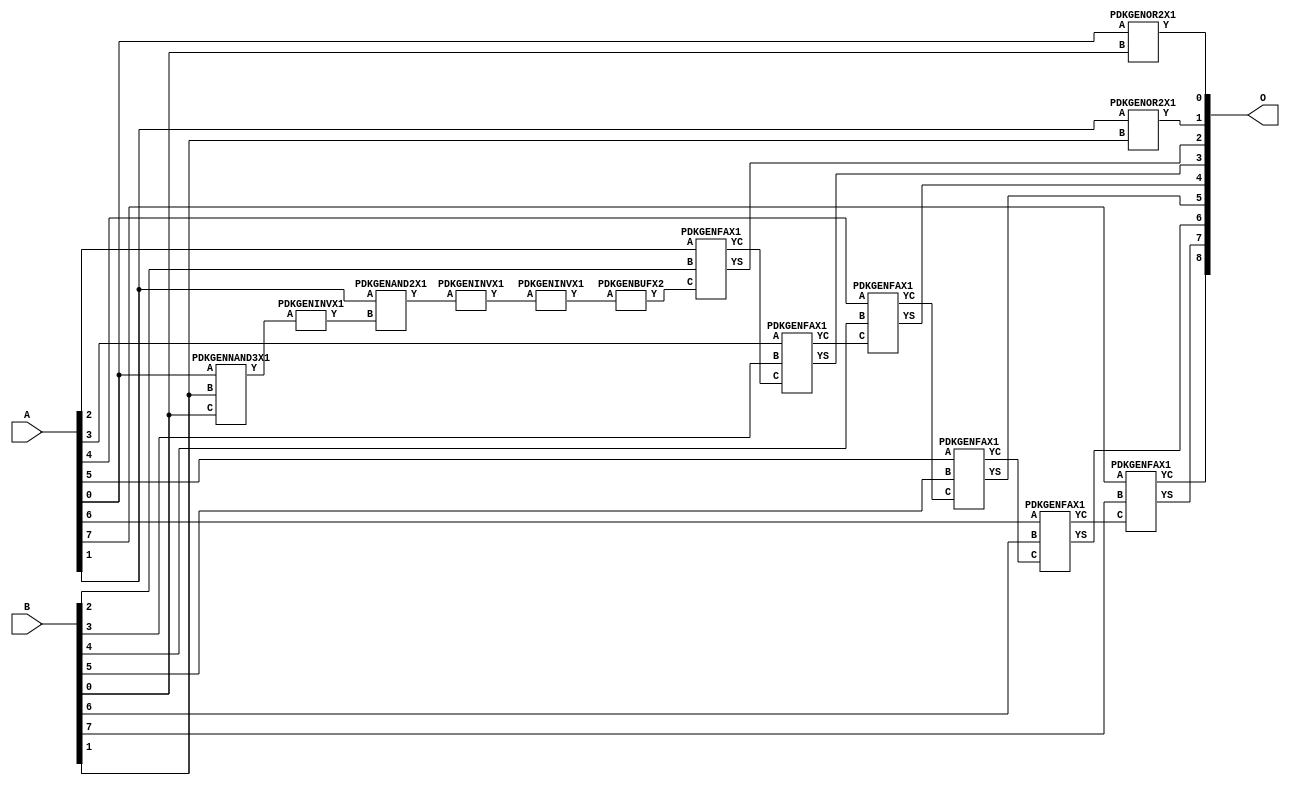
// Library = EvoApprox8b
// Circuit = add8_246
// Area   (180) = 924
// Delay  (180) = 1.700
// Power  (180) = 281.00
// Area   (45) = 69
// Delay  (45) = 0.640
// Power  (45) = 27.24
// Nodes = 14
// HD = 81600
// MAE = 0.62500
// MSE = 1.00000
// MRE = 0.34 %
// WCE = 2
// WCRE = 50 %
// EP = 43.8 %

module add8_246(A, B, O);
  input [7:0] A;
  input [7:0] B;
  output [8:0] O;
  wire [2031:0] N;

  assign N[0] = A[0];
  assign N[1] = A[0];
  assign N[2] = A[1];
  assign N[3] = A[1];
  assign N[4] = A[2];
  assign N[5] = A[2];
  assign N[6] = A[3];
  assign N[7] = A[3];
  assign N[8] = A[4];
  assign N[9] = A[4];
  assign N[10] = A[5];
  assign N[11] = A[5];
  assign N[12] = A[6];
  assign N[13] = A[6];
  assign N[14] = A[7];
  assign N[15] = A[7];
  assign N[16] = B[0];
  assign N[17] = B[0];
  assign N[18] = B[1];
  assign N[19] = B[1];
  assign N[20] = B[2];
  assign N[21] = B[2];
  assign N[22] = B[3];
  assign N[23] = B[3];
  assign N[24] = B[4];
  assign N[25] = B[4];
  assign N[26] = B[5];
  assign N[27] = B[5];
  assign N[28] = B[6];
  assign N[29] = B[6];
  assign N[30] = B[7];
  assign N[31] = B[7];

  PDKGENOR2X1 n32(.A(N[0]), .B(N[16]), .Y(N[32]));
  PDKGENNAND3X1 n52(.A(N[0]), .B(N[18]), .C(N[16]), .Y(N[52]));
  assign N[53] = N[52];
  PDKGENINVX1 n58(.A(N[53]), .Y(N[58]));
  PDKGENAND2X1 n62(.A(N[2]), .B(N[58]), .Y(N[62]));
  PDKGENINVX1 n78(.A(N[62]), .Y(N[78]));
  assign N[79] = N[78];
  PDKGENOR2X1 n82(.A(N[2]), .B(N[18]), .Y(N[82]));
  PDKGENINVX1 n126(.A(N[79]), .Y(N[126]));
  PDKGENBUFX2 n130(.A(N[126]), .Y(N[130]));
  assign N[131] = N[130];
  PDKGENFAX1 n132(.A(N[4]), .B(N[20]), .C(N[131]), .YS(N[132]), .YC(N[133]));
  PDKGENFAX1 n182(.A(N[6]), .B(N[22]), .C(N[133]), .YS(N[182]), .YC(N[183]));
  PDKGENFAX1 n232(.A(N[8]), .B(N[24]), .C(N[183]), .YS(N[232]), .YC(N[233]));
  PDKGENFAX1 n282(.A(N[10]), .B(N[26]), .C(N[233]), .YS(N[282]), .YC(N[283]));
  PDKGENFAX1 n332(.A(N[12]), .B(N[28]), .C(N[283]), .YS(N[332]), .YC(N[333]));
  PDKGENFAX1 n382(.A(N[14]), .B(N[30]), .C(N[333]), .YS(N[382]), .YC(N[383]));

  assign O[0] = N[32];
  assign O[1] = N[82];
  assign O[2] = N[132];
  assign O[3] = N[182];
  assign O[4] = N[232];
  assign O[5] = N[282];
  assign O[6] = N[332];
  assign O[7] = N[382];
  assign O[8] = N[383];

endmodule
/* mod */
module PDKGENFAX1( input A, input B, input C, output YS, output YC );
    assign YS = (A ^ B) ^ C;
    assign YC = (A & B) | (B & C) | (A & C);
endmodule
/* mod */
module PDKGENOR2X1(input A, input B, output Y );
     assign Y = A | B;
endmodule
/* mod */
module PDKGENAND2X1(input A, input B, output Y );
     assign Y = A & B;
endmodule
/* mod */
module PDKGENINVX1(input A, output Y );
     assign Y = ~A;
endmodule
/* mod */
module PDKGENNAND3X1(input A, input B, input C, output Y );
     assign Y = ~((A & B) & C);
endmodule
/* mod */
module PDKGENBUFX2(input A, output Y );
     assign Y = A;
endmodule